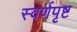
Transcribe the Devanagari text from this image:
स्वर्णपृष्ट